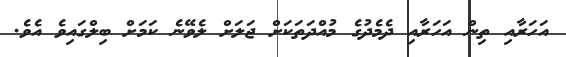
އަހަރާއި ތިން އަހަރާއި ދެމެދުގެ މުއްދަތަކަށް ޖަލަށް ލެވޭނެ ކަމަށް ބިލްގައިވެ އެވެ.